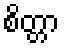
စိတ္တာ